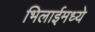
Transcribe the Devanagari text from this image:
भिलाईमध्ये